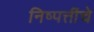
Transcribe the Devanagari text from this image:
निष्पत्तींचे